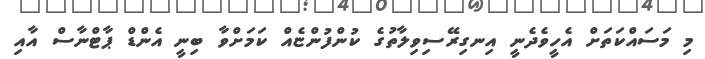
މި މަސައްކަތަށް އެހީވެދެނީ އިނގިރޭސިވިލާތުގެ ކުންފުންޏެއް ކަމަށްވާ ބިނީ އެންޑް ޕާޓްނާސް އާއި